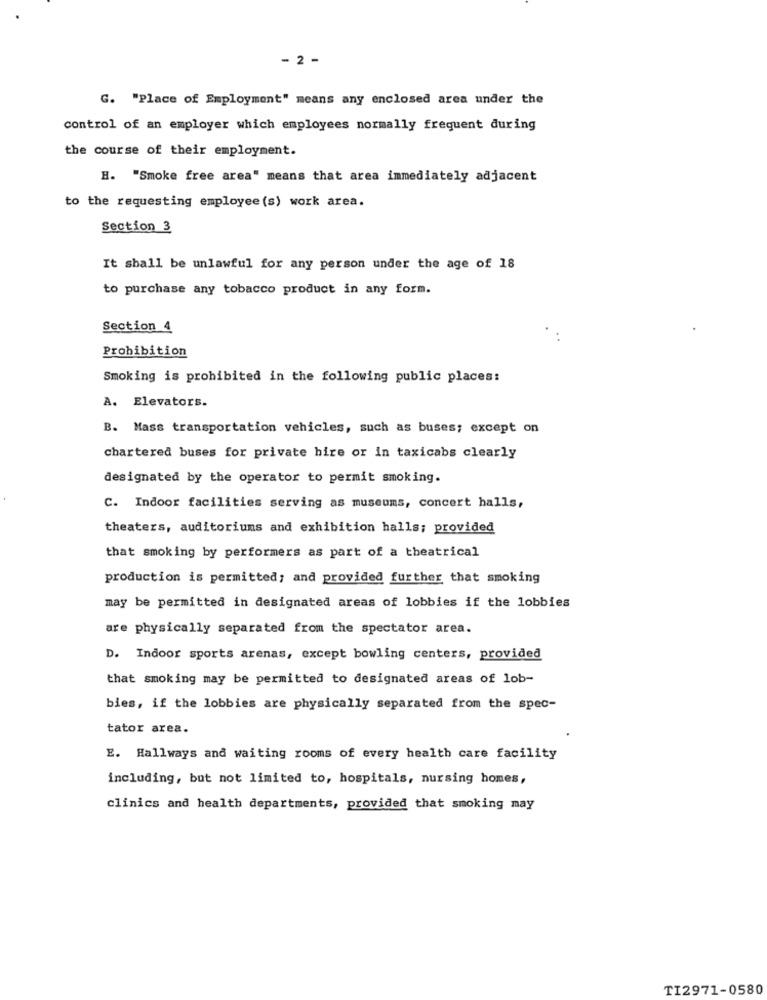
2 -
G. "Place of Employment" means any enclosed area under the
control of an employer which employees normally frequent during
the course of their employment.
H. "Smoke free area" means that area immediately adjacent
to the requesting employee (s) work area.
Section 3
It shall be unlawful for any person under the age of 18
to purchase any tobacco product in any form.
Section 4
Prohibition
Smoking is prohibited in the following public places:
A. Elevators.
B. Mass transportation vehicles, such as buses; except on
chartered buses for private hire or in taxicabs clearly
designated by the operator to permit smoking.
C. Indoor facilities serving as museums, concert halls,
theaters, auditoriums and exhibition halls; provided
that smoking by performers as part of a theatrical
production is permitted; and provided further that smoking
may be permitted in designated areas of lobbies if the lobbies
are physically separated from the spectator area.
D. Indoor sports arenas, except bowling centers, provided
that smoking may be permitted to designated areas of lob-
bies, if the lobbies are physically separated from the spec-
tator area.
E. Hallways and waiting rooms of every health care facility
including, but not limited to, hospitals, nursing homes,
clinics and health departments, provided that smoking may
TI2971-0580